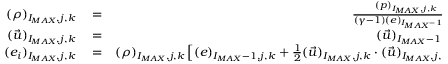
\begin{array} { r l r } { ( \rho ) _ { I _ { M A X } , j , k } } & { { } = } & { \frac { ( p ) _ { I _ { M A X } , j , k } } { ( \gamma - 1 ) ( e ) _ { I _ { M A X } - 1 , j , k } } \mathrm { ~ , ~ } } \\ { ( \vec { u } ) _ { I _ { M A X } , j , k } } & { { } = } & { ( \vec { u } ) _ { I _ { M A X } - 1 , j , k } \mathrm { ~ , ~ } } \\ { ( e _ { i } ) _ { I _ { M A X } , j , k } } & { { } = } & { ( \rho ) _ { I _ { M A X } , j , k } \left[ ( e ) _ { I _ { M A X } - 1 , j , k } + \frac { 1 } { 2 } ( \vec { u } ) _ { I _ { M A X } , j , k } \cdot ( \vec { u } ) _ { I _ { M A X } , j , k } \right] \, \mathrm { ~ , ~ } } \end{array}